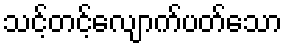
သင့်တင့်လျောက်ပတ်သော